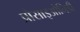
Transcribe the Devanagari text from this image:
प्रोसाइओनिडी